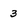
Character: 3